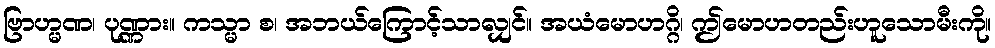
ဗြာဟ္မဏ၊ ပုဏ္ဏား။ ကသ္မာ စ၊ အဘယ်ကြောင့်သာလျှင်။ အယံမောဟဂ္ဂိ၊ ဤမောဟတည်းဟူသောမီးကို။